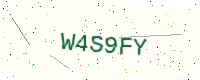
Text: W4S9FY